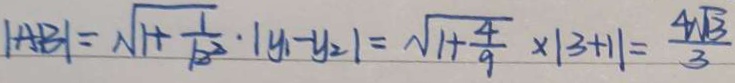
\vert A B \vert = \sqrt { 1 + \frac { 1 } { 1 2 ^ { 2 } } } \cdot \vert y _ { 1 } - y _ { 2 } \vert = \sqrt { 1 + \frac { 4 } { 9 } } \times \vert 3 + 1 \vert = \frac { 4 \sqrt { 3 } } { 3 }